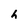
Character: h